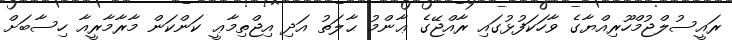
ރައީސުލްޖުމްހޫރިއްޔާގެ ވާހަކަފުޅުގައި ރާއްޖޭގެ ޢާންމު ޙާލަތު އަދި އިޖްތިމާޢީ ކަންކަން މާރާމާރީއާ ހިސާބަށް